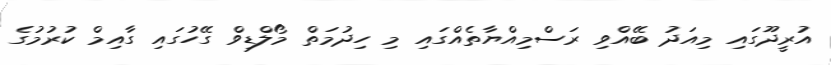
އުރީދޫގައި މިއަދު ބޭއްވި ރަސްމިއްޔާތެއްގައި މި ހިދުމަތް މޯލްޑިވް ގޭހުގައި ގާއިމް ކުރުމުގެ